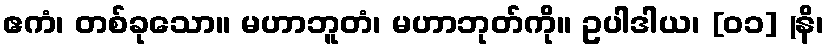
ဧကံ၊ တစ်ခုသော။ မဟာဘူတံ၊ မဟာဘုတ်ကို။ ဥပါဒါယ၊ [၀၁] (နိ၊